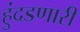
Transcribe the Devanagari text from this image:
हुंदडणारी